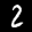
Label: 2